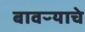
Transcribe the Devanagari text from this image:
बावऱ्याचे